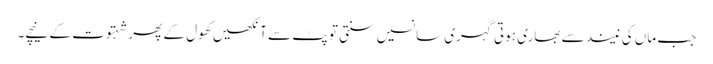
جب ماں کی نیند سے بھاری ہوتی گہری سانسیں سنتی تو پٹ سے آنکھیں کھول کے پھر شہتوت کے نیچے۔